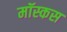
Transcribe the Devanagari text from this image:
मॉस्कस